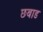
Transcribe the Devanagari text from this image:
छबाड